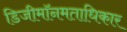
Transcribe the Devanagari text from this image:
डिजीमॉनमताधिकार